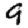
Digit: 9